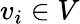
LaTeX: v_{i}\in V